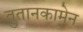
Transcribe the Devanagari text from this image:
तुतानकामेन